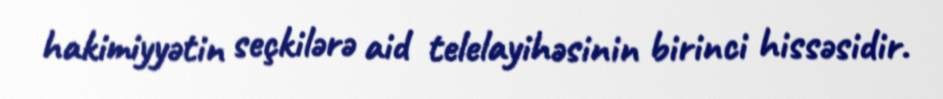
hakimiyyətin seçkilərə aid telelayihəsinin birinci hissəsidir.